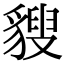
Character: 𧳶